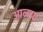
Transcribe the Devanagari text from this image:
आलय।